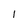
Character: l